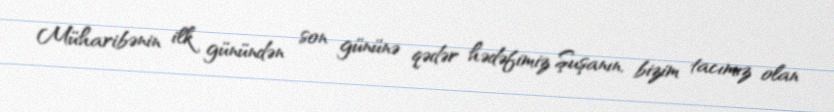
Müharibənin ilk günündən son gününə qədər hədəfimiz Şuşanın, bizim tacımız olan